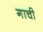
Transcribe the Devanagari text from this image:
गाची